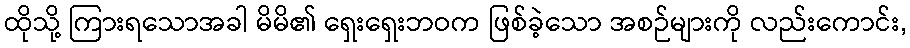
ထိုသို့ ကြားရသောအခါ မိမိ၏ ရှေးရှေးဘဝက ဖြစ်ခဲ့သော အစဉ်များကို လည်းကောင်း,